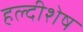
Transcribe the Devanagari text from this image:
हल्दीशेष